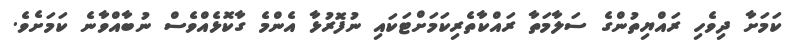
ކަމަށާ ދިވެހި ރައްޔިތުންގެ ސަލާމަތާ ރައްކާތެރިކަމަށްޓަކައި ނުފޮރުޅާ އެންމެ ގާކޮޅެއްވެސް ނުބާއްވާނެ ކަމަށެވެ.